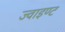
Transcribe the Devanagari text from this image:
ज्वाइण्ट